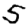
Digit: 5